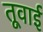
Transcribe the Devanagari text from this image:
तूवाई